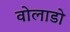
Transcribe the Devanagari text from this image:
वोलाडो